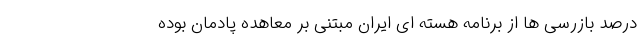
درصد بازرسی ها از برنامه هسته ای ایران مبتنی بر معاهده پادمان بوده